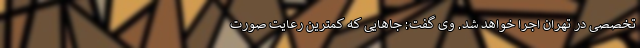
تخصصی در تهران اجرا خواهد شد. وی گفت: جاهایی که کمترین رعایت صورت